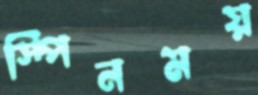
স্পিনময়